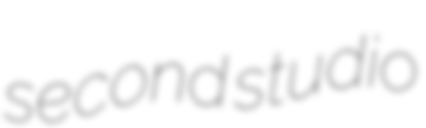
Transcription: second studio